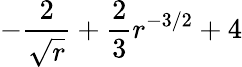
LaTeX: -\frac{2}{\sqrt{r}}+\frac{2}{3}r^{-3/2}+4